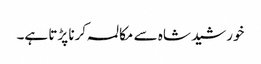
خورشید شاہ سے مکالمہ کرنا پڑتا ہے۔